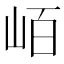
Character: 𭖖